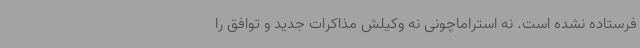
فرستاده نشده است. نه استراماچونی نه وکیلش مذاکرات جدید و توافق را